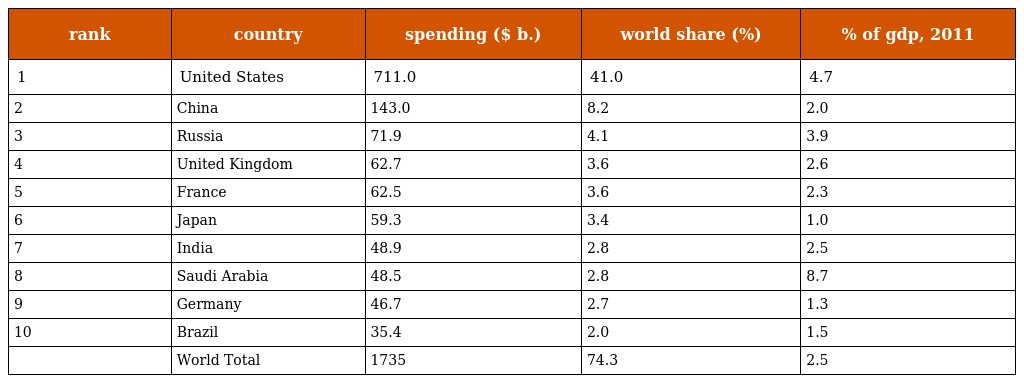
| rank | country | spending ($ b.) | world share (%) | % of gdp, 2011 |
 | --- | --- | --- | --- | --- |
 | 1 | United States | 711.0 | 41.0 | 4.7 |
 | 2 | China | 143.0 | 8.2 | 2.0 |
 | 3 | Russia | 71.9 | 4.1 | 3.9 |
 | 4 | United Kingdom | 62.7 | 3.6 | 2.6 |
 | 5 | France | 62.5 | 3.6 | 2.3 |
 | 6 | Japan | 59.3 | 3.4 | 1.0 |
 | 7 | India | 48.9 | 2.8 | 2.5 |
 | 8 | Saudi Arabia | 48.5 | 2.8 | 8.7 |
 | 9 | Germany | 46.7 | 2.7 | 1.3 |
 | 10 | Brazil | 35.4 | 2.0 | 1.5 |
 |  | World Total | 1735 | 74.3 | 2.5 |